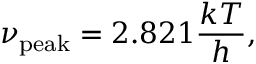
\nu _ { \mathrm { p e a k } } = 2 . 8 2 1 { \frac { k T } { h } } ,